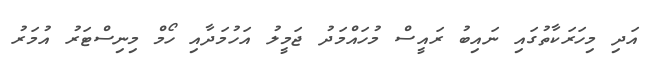
އަދި މިހަރަކާތުގައި ނައިބު ރައީސް މުހައްމަދު ޖަމީލު އަހުމަދާއި ހޯމް މިނިސްޓަރު އުމަރު